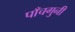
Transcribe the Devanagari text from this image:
पाँचगुनी